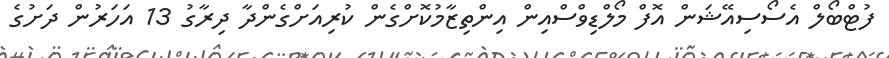
ފުޓްބޯލް އެސޯސިއޭޝަން އޮފް މޯލްޑިވްސްއިން އިންތިޒާމުކޮށްގެން ކުރިއަށްގެންދާ ދިރާގު 13 އަހަރުން ދަށުގެ